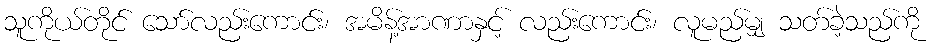
သူကိုယ်တိုင် သော်လည်းကောင်း၊ အမိန့်အာဏာနှင့် လည်းကောင်း၊ လူမည်မျှ သတ်ခဲ့သည်ကို